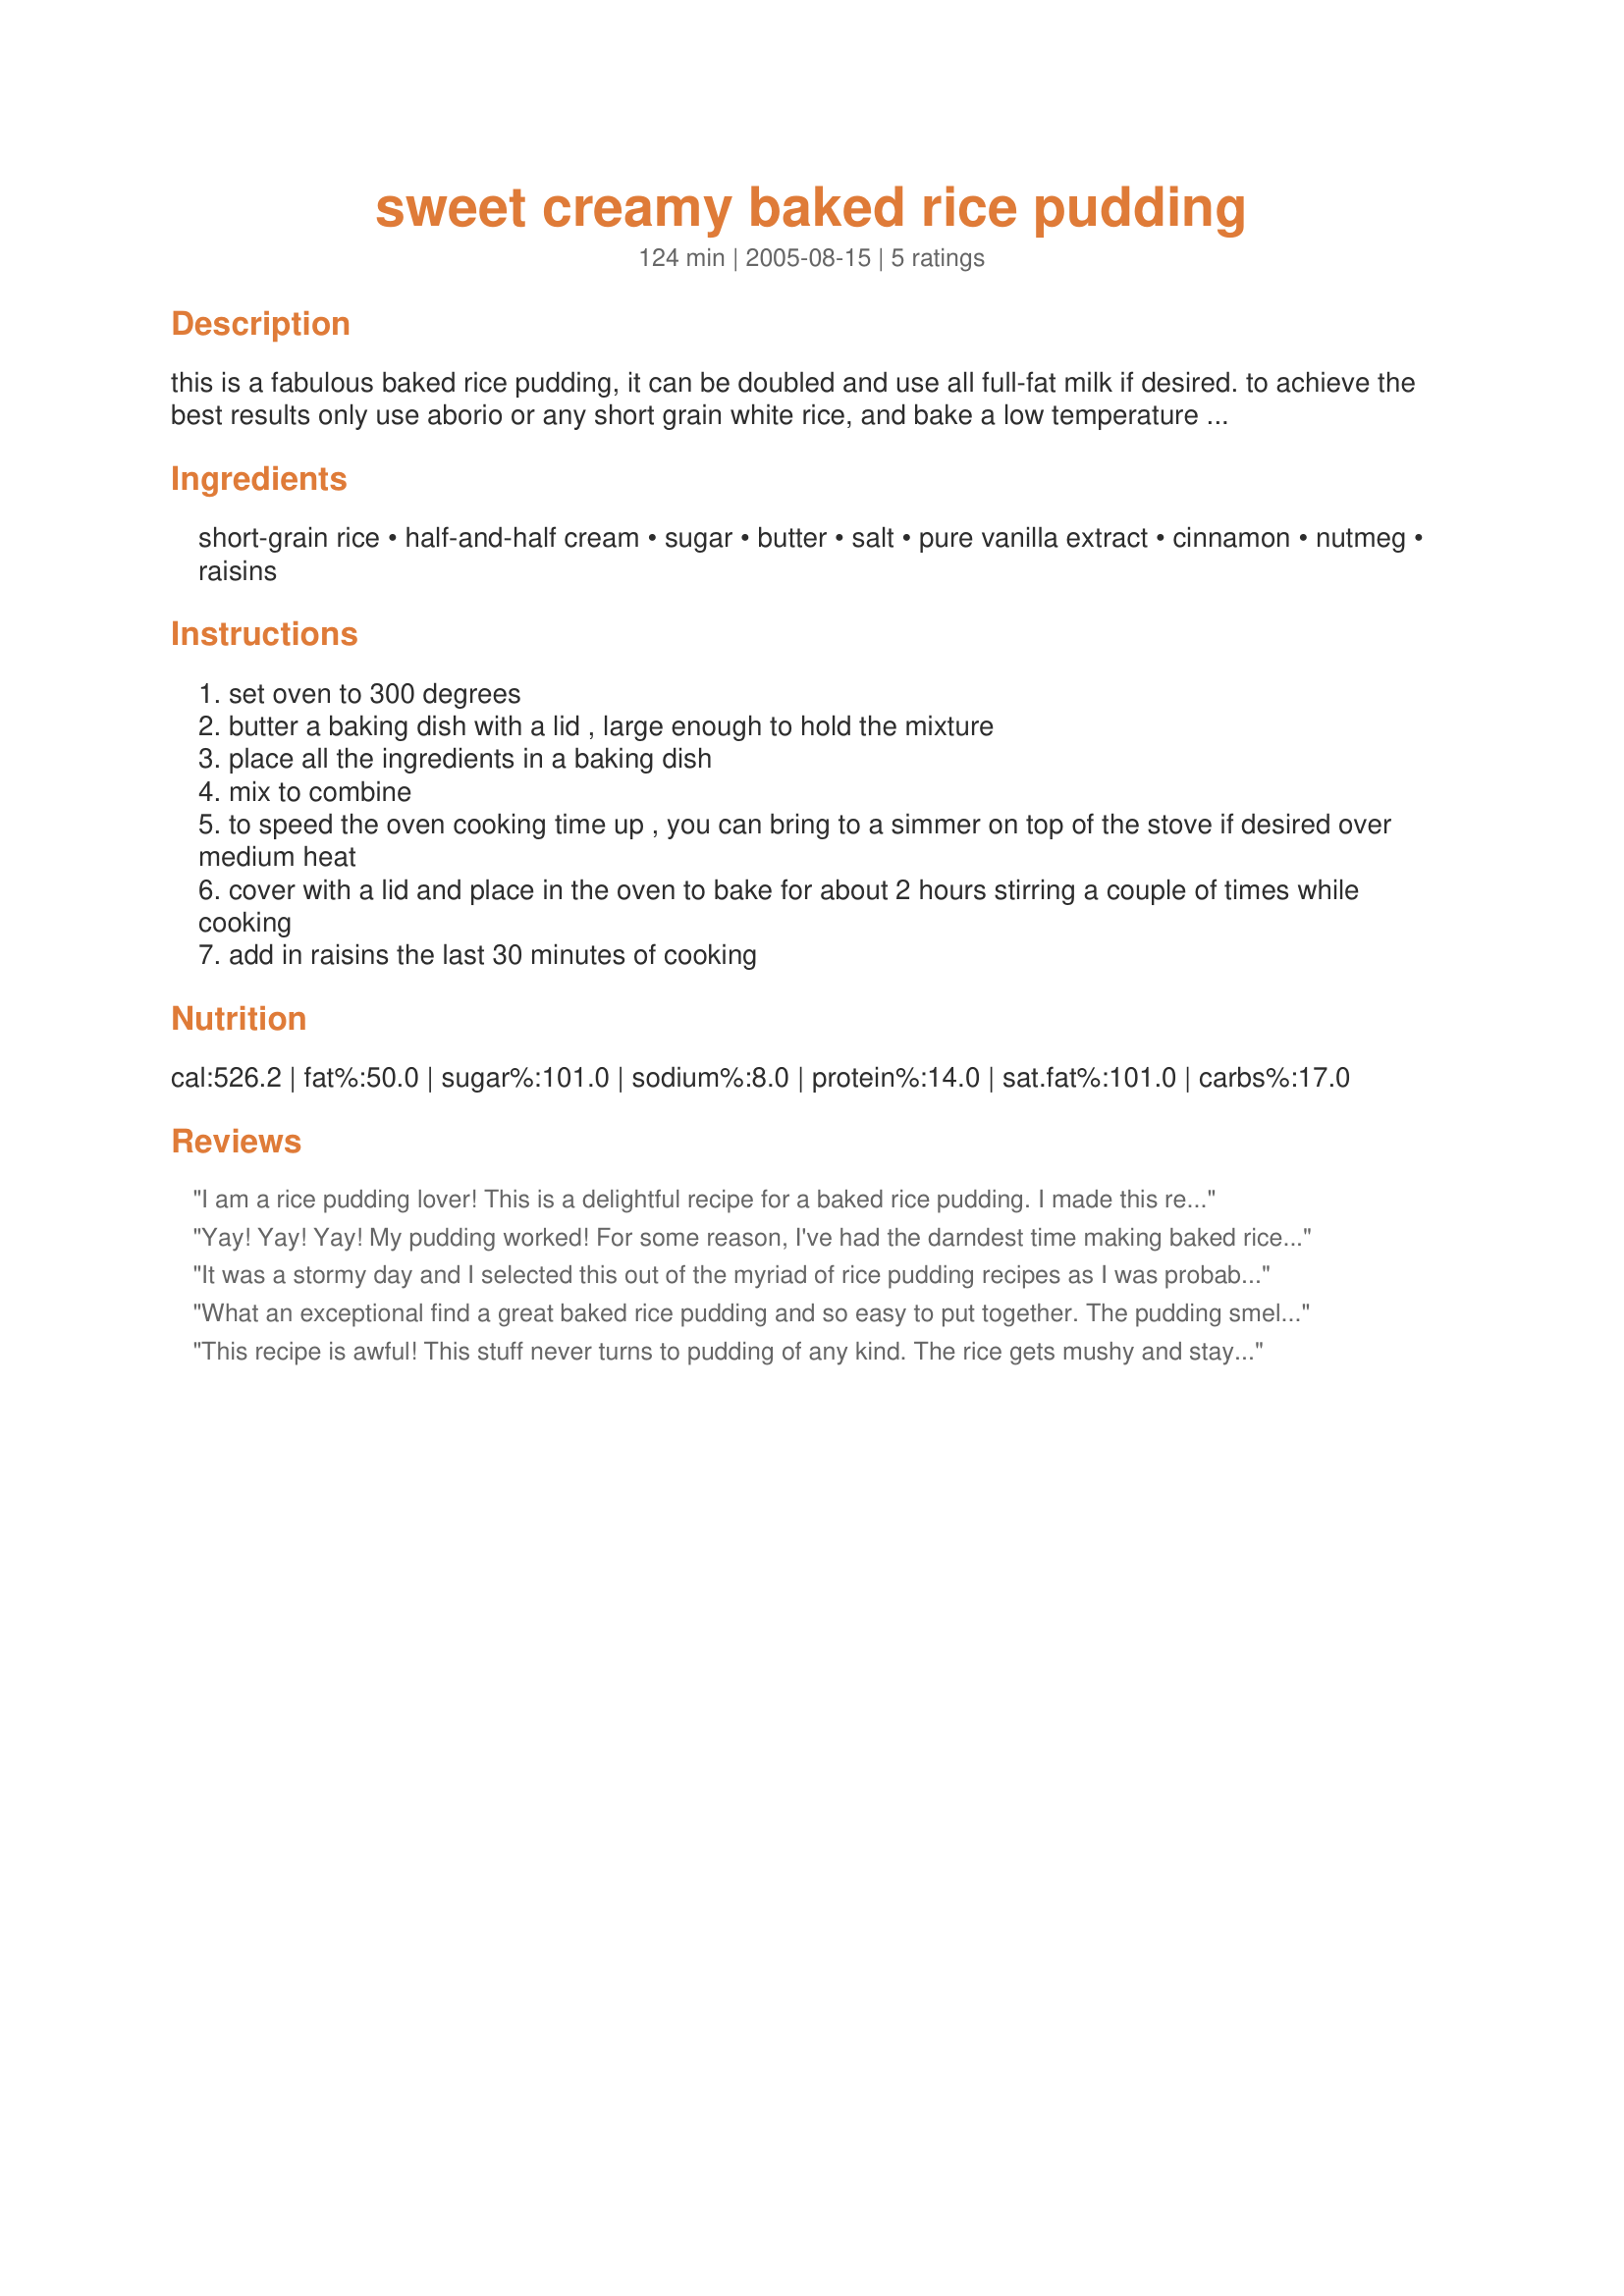
sweet creamy baked rice pudding
Preparation time: 124 minutes

this is a fabulous baked rice pudding, it can be doubled and use all full-fat milk if desired. to achieve the best results only use aborio or any short grain white rice, and bake a low temperature oven.

Ingredients:
short-grain rice, half-and-half cream, sugar, butter, salt, pure vanilla extract, cinnamon, nutmeg, raisins

Steps:
set oven to 300 degrees
butter a baking dish with a lid , large enough to hold the mixture
place all the ingredients in a baking dish
mix to combine
to speed the oven cooking time up , you can bring to a simmer on top of the stove if desired over medium heat
cover with a lid and place in the oven to bake for about 2 hours stirring a couple of times while cooking
add in raisins the last 30 minutes of cooking

Reviews:
I am a rice pudding lover! This is a delightful recipe for a baked rice pudding. I made this recipe as directed since I was making it for the first time, adding in both the optional nutmeg and the 1/2 cup raisins. For my taste however, next time I will opt to add more sugar. Thanks so much, Kitten!
Yay! Yay! Yay! My pudding worked! For some reason, I've had the darndest time making baked rice pudding that actually turned out. (Not normally an idiot in the kitchen.) This is, I believe the fourth recipe I've tried in the last two years, and finally, it worked. Wonderful rice pudding.

I used aborio rice which I've discovered is the only rice that is going to make me happy in rice pudding. I don't like how long grain rice turns out. I brought the mixture to simmer on top of the stove to cut cooking time and ended up baking for about an hour and a half. The end result was *so* rich and thick (yay!), that I might try cutting the half and half with some whole milk next time.

Thanks! I no longer fail. :)
It was a stormy day and I selected this out of the myriad of rice pudding recipes as I was probably going to be housebound for most of the day and didn't mind having the oven on for two hours. After 1 hour, it smelled awesome. I took it out and mixed it and put it back in. It tastes really good and I am sorry that I didn't double the recipe. I would cut down on the sugar in future, though, as I found it a bit on the sweet side. It would be nice with coconut or a mango thrown in at the same time as the raisins as well. It was one of the easiest rice puddings I have made, specially since you don't have to make the rice beforehand, and I'll make it again when I have the two hours to keep the oven on.
What an exceptional find a great baked rice pudding and so easy to put together. The pudding smelled wonderful this morning when I came into the house from doing my chores especially at -20 below! I will not use the cinnamon, or the raisins {the raisins I will cook separately} in the baking process but add them to taste when serving as it was a bit too sweet for me. I loved the nutmeg and will kept that in for sure. Otherwise I will be making this outstanding recipe for many years to come!
Thanks Kittencal another great recipe!
Oilpatchjo
This recipe is awful! This stuff never turns to pudding of any kind. The rice gets mushy and stays that way. It doesn't exactly separate, as it never really combines to begin with. Do not waste your time or ingredients.
